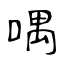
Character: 喁